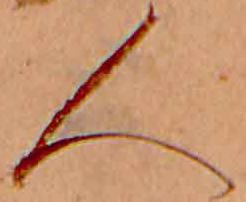
人